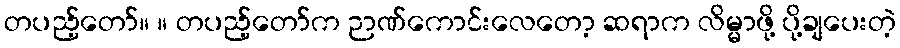
တပည့်တော်။ ။ တပည့်တော်က ဉာဏ်ကောင်းလေတော့ ဆရာက လိမ္မာဖို့ ပို့ချပေးတဲ့